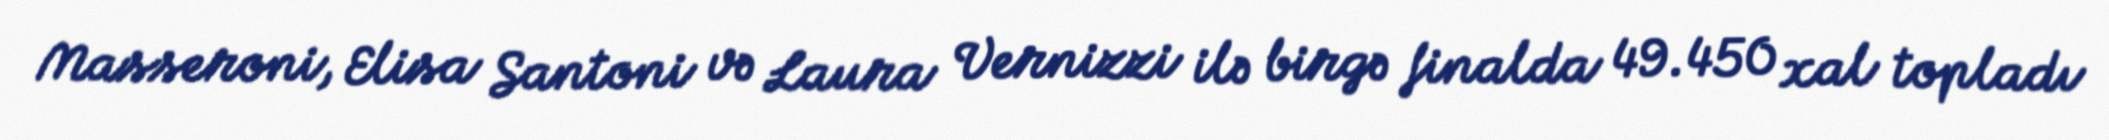
Masseroni, Elisa Santoni və Laura Vernizzi ilə birgə finalda 49.450 xal topladı